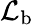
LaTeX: {\mathcal L}_{\mathrm b}